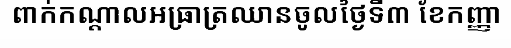
ពាក់កណ្តាលអធ្រាត្រឈានចូលថ្ងៃទី៣ ខែកញ្ញា